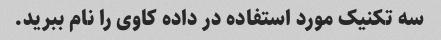
سه تکنیک مورد استفاده در داده کاوی را نام ببرید.